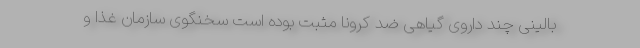
بالینی چند داروی گیاهی ضد کرونا مثبت بوده است سخنگوی سازمان غذا و